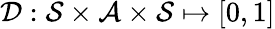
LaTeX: \mathcal D:\mathcal S\times\mathcal A\times\mathcal S\mapsto[0,1]